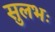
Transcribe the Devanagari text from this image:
सुलभः